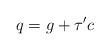
LaTeX: \begin{align*}q=g+\tau'c\end{align*}